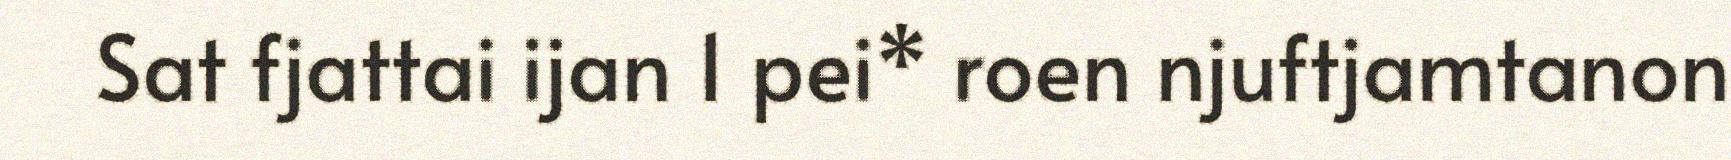
Sat fjattai ijan 1 pei* roen njuftjamtanon